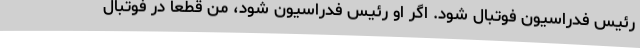
رئیس فدراسیون فوتبال شود. اگر او رئیس فدراسیون شود، من قطعا در فوتبال